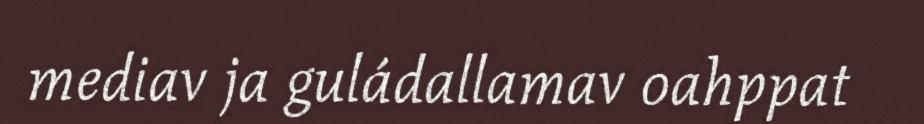
mediav ja guládallamav oahppat